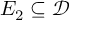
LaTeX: E _ { 2 } \subseteq { \mathcal { D } }